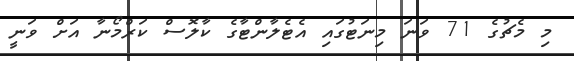
މި މެޗުގެ 71 ވަނަ މިނަޓުގައި އެޓެލާންޓާގެ ކާލޮސް ކަރްމޯނާ އަށް ވަނީ